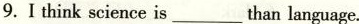
9.Ithink science is___than language.